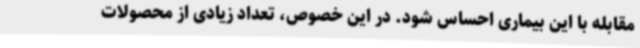
مقابله با این بیماری احساس شود. در این خصوص، تعداد زیادی از محصولات